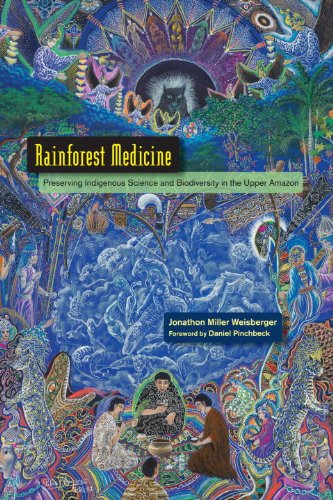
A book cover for Rainforest Medicine: Preserving Indigenous Science and Biodiversity in the Upper Amazon; Jonathon Miller Weisberger; Science & Math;